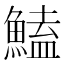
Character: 鰪